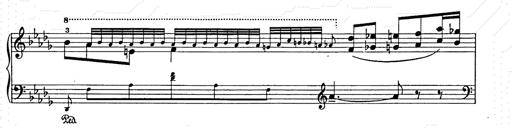
Title: Berceuse
Composer: Lucien Wurmser
Key: A major